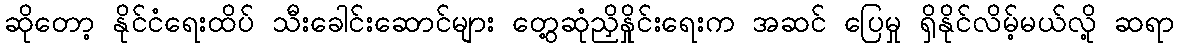
ဆိုတော့ နိုင်ငံရေးထိပ် သီးခေါင်းဆောင်များ တွေ့ဆုံညှိနှိုင်းရေးက အဆင် ပြေမှု ရှိနိုင်လိမ့်မယ်လို့ ဆရာ